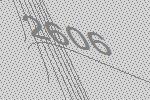
2606